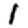
Digit: 1